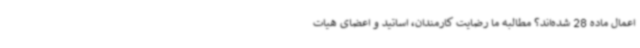
اعمال ماده 28 شده‌اند؟ مطالبه ما رضایت کارمندان، اساتید و اعضای هیات